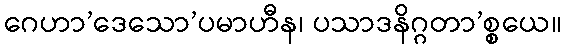
ဂေဟာ’ဒေသော’ပမာဟီန၊ ပသာဒနိဂ္ဂတာ’စ္စယေ။